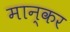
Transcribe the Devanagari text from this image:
मान्कर